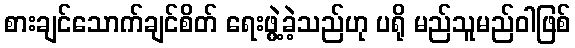
စားချင်သောက်ချင်စိတ် ရေးဖွဲ့ခဲ့သည်ဟု ပရို မည်သူမည်ဝါဖြစ်